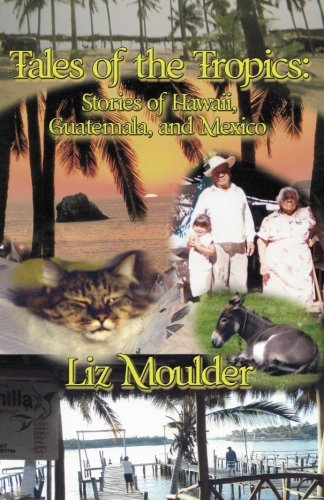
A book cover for Tales Of The Tropics: Stories of Hawaii, Guatemala, and Mexico; Ms Liz Moulder; Travel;